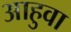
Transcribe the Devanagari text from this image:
आहुवा